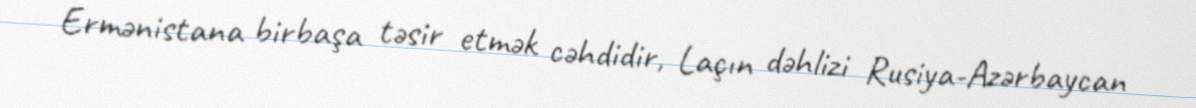
Ermənistana birbaşa təsir etmək cəhdidir, Laçın dəhlizi Rusiya-Azərbaycan